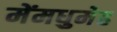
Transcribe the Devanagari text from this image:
मेंमधुमेह